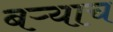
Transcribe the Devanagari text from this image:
बऱ्‍याच